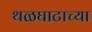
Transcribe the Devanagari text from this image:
थळघाटाच्या